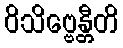
ဝိသိဗ္ဗေန္တီတိ